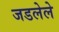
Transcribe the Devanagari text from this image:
जडलेले